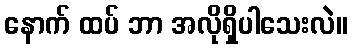
နောက် ထပ် ဘာ အလိုရှိပါသေးလဲ။